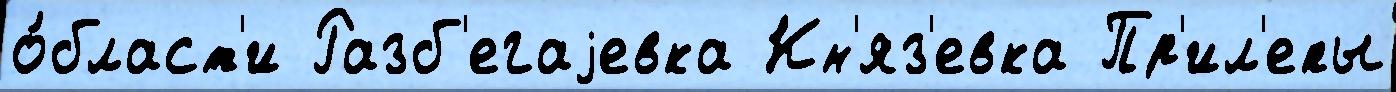
о́бласт'и Разб'егаjевка Кн'яз'евка Пр'ил'епы